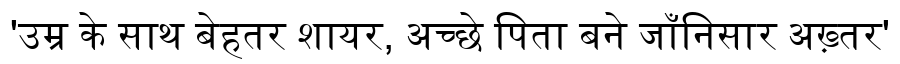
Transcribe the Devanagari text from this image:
'उम्र के साथ बेहतर शायर, अच्छे पिता बने जाँनिसार अख़्तर'